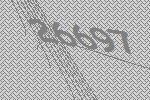
26697